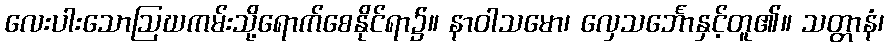
လေးပါးသောဩဃကမ်းသို့ရောက်စေနိုင်ရာ၌။ နာဝါသမော၊ လှေသင်္ဘောနှင့်တူ၏။ သတ္တာနံ၊